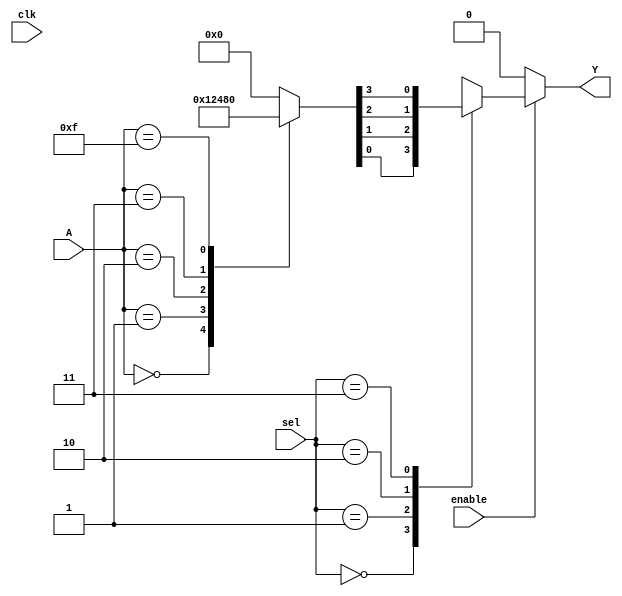
module CLB (
    input  wire [3:0]  A,      // 4-bit input for LUT
    input  wire [1:0]  sel,    // 2-bit selector for MUX
    input  wire        clk,     // Clock signal
    input  wire        enable,  // Enable signal for control
    output wire        Y        // Output from the CLB
);

// 4-input LUT
reg [15:0] lut; // 16 possible combinations for 4 inputs
always @(*) begin
    case (A)
        4'b0000: lut = 16'b0000000000000001; // Example: f(0) = 1
        4'b0001: lut = 16'b0000000000000010; // Example: f(1) = 2
        4'b0010: lut = 16'b0000000000000100; // Example: f(2) = 4
        4'b0011: lut = 16'b0000000000001000; // Example: f(3) = 8
        // ...
        4'b1111: lut = 16'b1000000000000000; // Example: f(15) = 16384
        default: lut = 16'b0000000000000000; // Default case
    endcase
end

// MUX for selecting the output
reg mux_out;
always @(*) begin
    if (enable) begin
        case (sel)
            2'b00: mux_out = lut[0];   // Select LUT output 0
            2'b01: mux_out = lut[1];   // Select LUT output 1
            2'b10: mux_out = lut[2];   // Select LUT output 2
            2'b11: mux_out = lut[3];   // Select LUT output 3
            default: mux_out = 1'b0;    // Default case
        endcase
    end else begin
        mux_out = 1'b0; // Disable output when not enabled
    end
end

// Output buffer
assign Y = mux_out;

endmodule